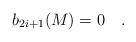
LaTeX: \begin{align*} b_{2i+1}(M)=0\quad.\end{align*}